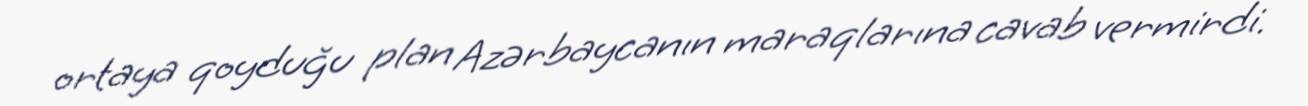
ortaya qoyduğu plan Azərbaycanın maraqlarına cavab vermirdi.